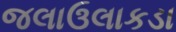
જલાઉલાકડા